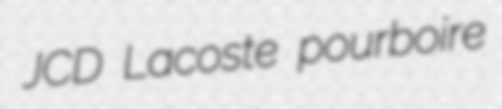
JCD Lacoste pourboire